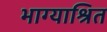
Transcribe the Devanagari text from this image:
भाग्याश्रित